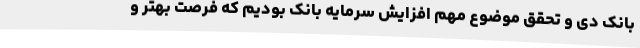
بانک دی و تحقق موضوع مهم افزایش سرمایه بانک بودیم که فرصت بهتر و